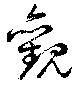
観